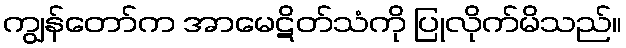
ကျွန်တော်က အာမေဋိတ်သံကို ပြုလိုက်မိသည်။